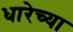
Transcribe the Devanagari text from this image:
धारेच्या